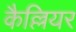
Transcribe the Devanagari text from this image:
कैल्लियर